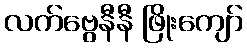
လက်ဗွေနီနီ ဖြိုးကျော်